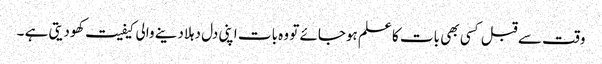
وقت سے قبل کسی بھی بات کا علم ہوجائے تو وہ بات اپنی دل دہلادینے والی کیفیت کھودیتی ہے ۔